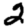
Digit: 2